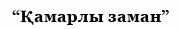
“Қамарлы заман”